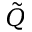
\tilde { Q }